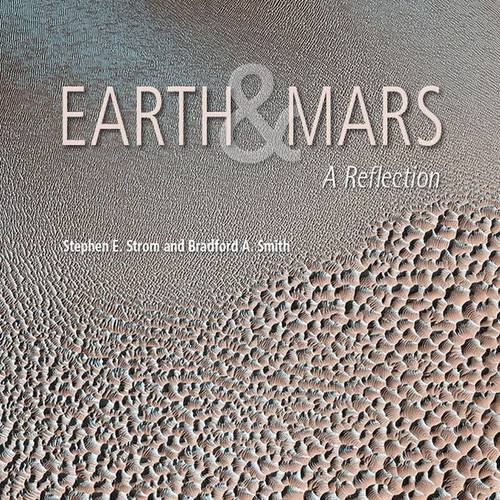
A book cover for Earth and Mars: A Reflection; Stephen E. Strom; Science & Math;